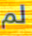
لم